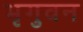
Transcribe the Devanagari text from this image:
भृगुवन